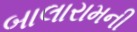
બાલારામની